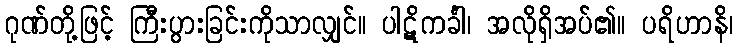
ဂုဏ်တို့ဖြင့် ကြီးပွားခြင်းကိုသာလျှင်။ ပါဋိကင်္ခါ၊ အလိုရှိအပ်၏။ ပရိဟာနိ၊